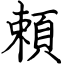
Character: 頼